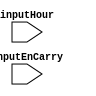
module enCarry_Maker(
input inputEnCarry,
input inputHour,
    );
endmodule